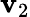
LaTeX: \boldsymbol{\mathbf{v}}_{2}